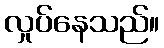
လှုပ်နေသည်။